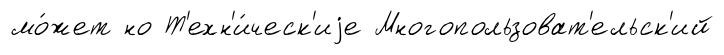
мо́жет но Т'ехн'и́ческ'иjе Многопользоват'ельск'ий